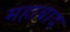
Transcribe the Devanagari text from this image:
महाबाद